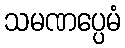
သမဏပ္ပေမံ